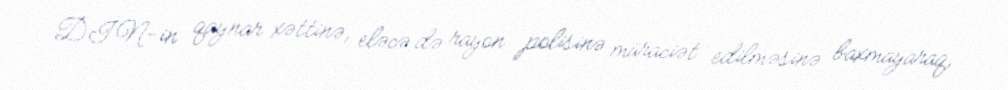
DİN-in qaynar xəttinə, eləcə də rayon polisinə müraciət edilməsinə baxmayaraq,